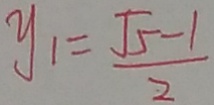
y _ { 1 } = \frac { \sqrt { 5 } - 1 } { 2 }